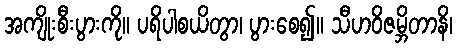
အကျိုးစီးပွားကို။ ပရိပါစယိတွာ၊ ပွားစေ၍။ သီဟဝိဇမ္ဘိတာနိ၊